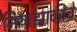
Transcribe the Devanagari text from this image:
मियाझाकीचे